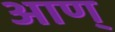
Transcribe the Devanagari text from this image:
आण्